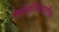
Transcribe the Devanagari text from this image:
सिनेइतिहासातील